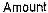
AMOUNT